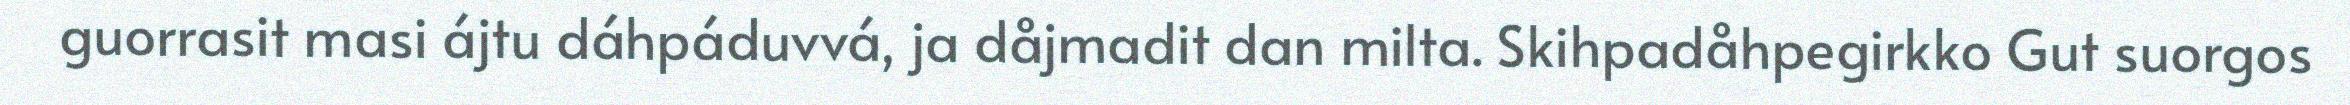
guorrasit masi ájtu dáhpáduvvá, ja dåjmadit dan milta. Skihpadåhpegirkko Gut suorgos